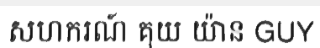
សហករណ៍ គុយ យ៉ាន GUY